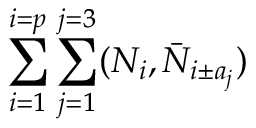
\sum _ { i = 1 } ^ { i = p } \sum _ { j = 1 } ^ { j = 3 } ( N _ { i } , \bar { N } _ { i \pm a _ { j } } )